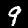
Digit: 9